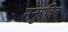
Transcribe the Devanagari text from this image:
मनुरचित